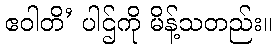
ဧဝါတိ’ ပါဌ်ကို မိန့်သတည်း။